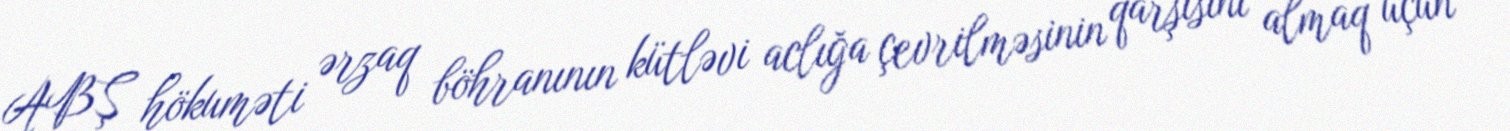
ABŞ hökuməti ərzaq böhranının kütləvi aclığa çevrilməsinin qarşısını almaq üçün